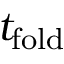
t _ { \mathrm { f o l d } }